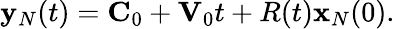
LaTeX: \begin{array}{r}{{\mathbf y}_{N}(t)={\mathbf C}_{0}+{\mathbf V}_{0}t+R(t){\mathbf x}_{N}(0).}\end{array}